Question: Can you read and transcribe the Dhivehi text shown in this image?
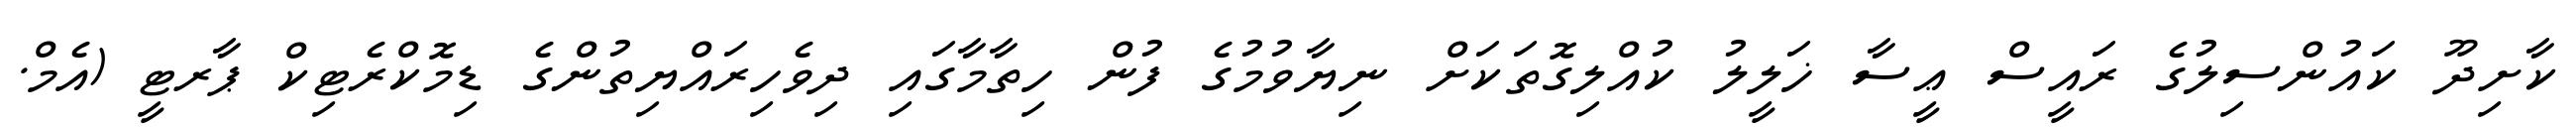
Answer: ކާށިދޫ ކައުންސިލުގެ ރައީސް ޢީސާ ޚަލީލު ކުއްލިގޮތަކަށް ނިޔާވުމުގެ ފުން ހިތާމާގައި ދިވެހިރައްޔިތުންގެ ޑިމޮކްރެޓިކް ޕާރޓީ (އެމް.